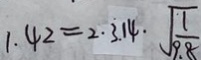
1 . 4 2 = 2 . \dot { 3 } . 1 4 \cdot \sqrt { \frac { 1 } { 9 . 8 } }